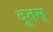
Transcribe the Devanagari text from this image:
दूतम्‌